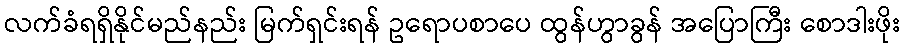
လက်ခံရရှိနိုင်မည်နည်း မြက်ရှင်းရန် ဥရောပစာပေ ထွန်ဟွာခွန် အပြောကြီး စောဒါးဖိုး